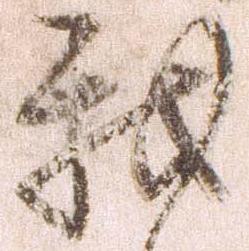
我